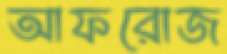
আফরোজ